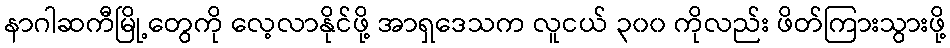
နာဂါဆကီမြို့တွေကို လေ့လာနိုင်ဖို့ အာရှဒေသက လူငယ် ၃၀၀ ကိုလည်း ဖိတ်ကြားသွားဖို့